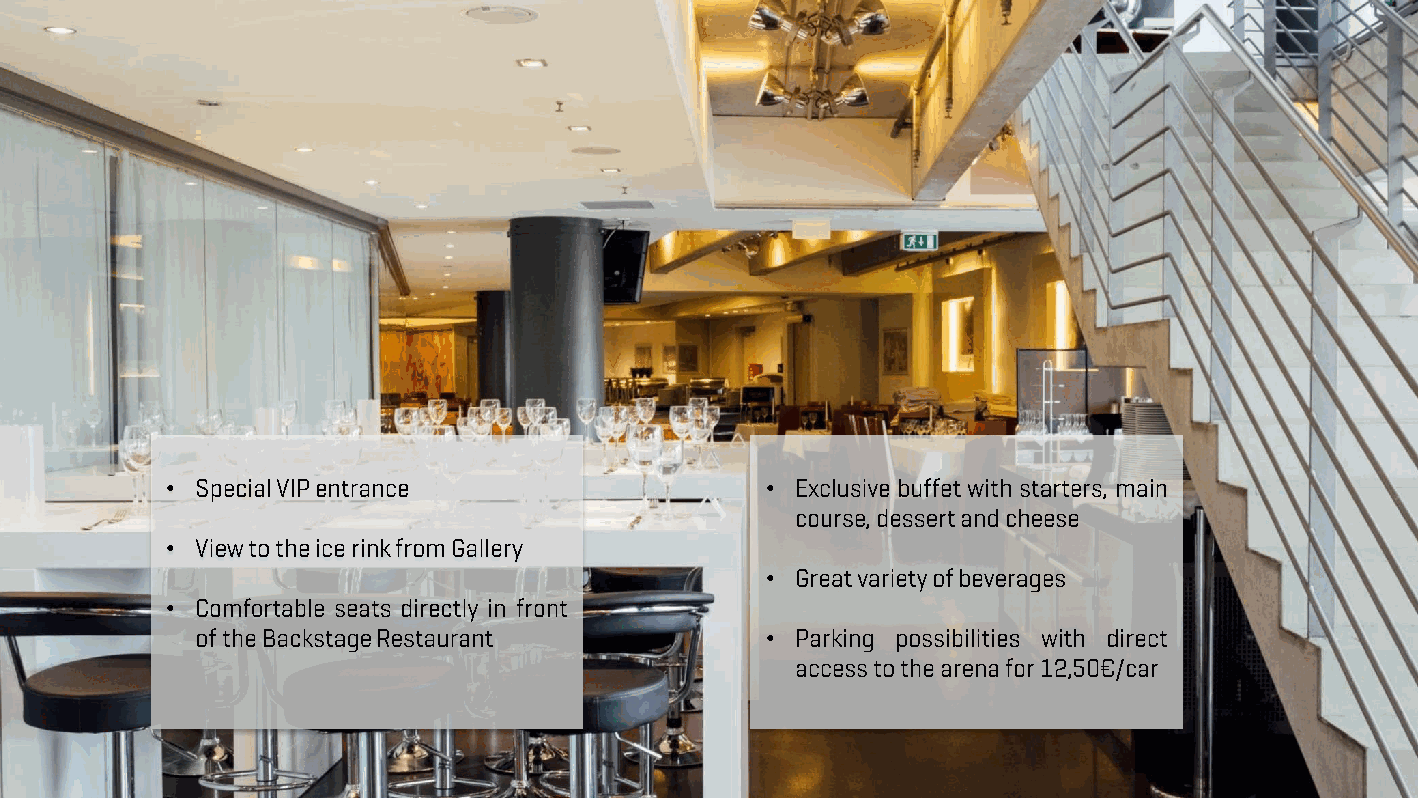
•                                       •
 •
 •
 •
 •